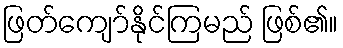
ဖြတ်ကျော်နိုင်ကြမည် ဖြစ်၏။